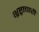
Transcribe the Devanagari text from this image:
भ्रष्ट्राचारी